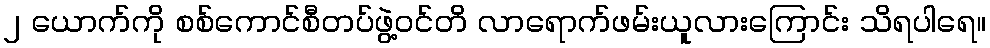
၂ ယောက်ကို စစ်ကောင်စီတပ်ဖွဲ့ဝင်တိ လာရောက်ဖမ်းယူလားကြောင်း သိရပါရေ။